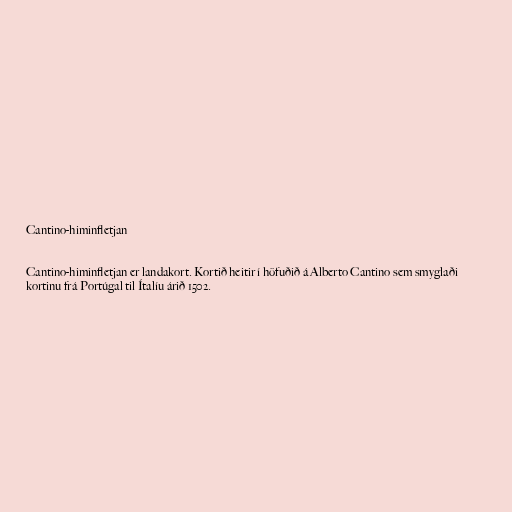
Cantino-himinfletjan

Cantino-himinfletjan er landakort. Kortið heitir í höfuðið á Alberto Cantino sem smyglaði
kortinu frá Portúgal til Ítalíu árið 1502.